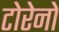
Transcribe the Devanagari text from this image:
टोरेनो